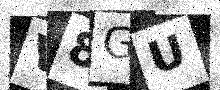
Text: V8GU